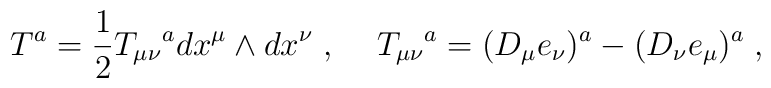
T^{a}=\frac{1}{2}T_{\mu \nu }{}^{a}dx^{\mu }\wedge dx^{\nu }\; ,\hspace {0.5cm}T_{\mu \nu }{}^{a}=(D_{\mu }e_{\nu })^{a}-(D_{\nu }e_{\mu })^{a}\; ,